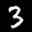
Label: 3